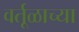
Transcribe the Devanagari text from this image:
वर्तूळाच्या